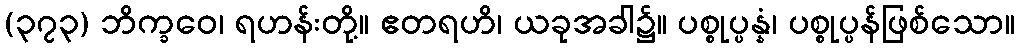
(၃၇၃) ဘိက္ခဝေ၊ ရဟန်းတို့။ ဧတရဟိ၊ ယခုအခါ၌။ ပစ္စုပ္ပန္နံ၊ ပစ္စုပ္ပန်ဖြစ်သော။